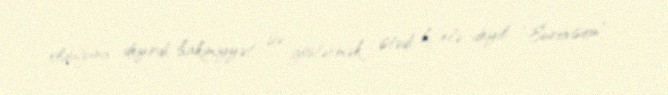
olduğunu deyirdi, hakimiyyət isə göstərmək istədi ki, elə deyil, “Eurovision”